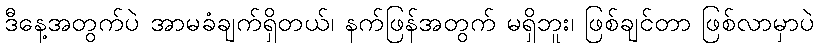
ဒီနေ့အတွက်ပဲ အာမခံချက်ရှိတယ်၊ နက်ဖြန်အတွက် မရှိဘူး၊ ဖြစ်ချင်တာ ဖြစ်လာမှာပဲ